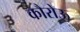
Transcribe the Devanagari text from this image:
कौरोऊ